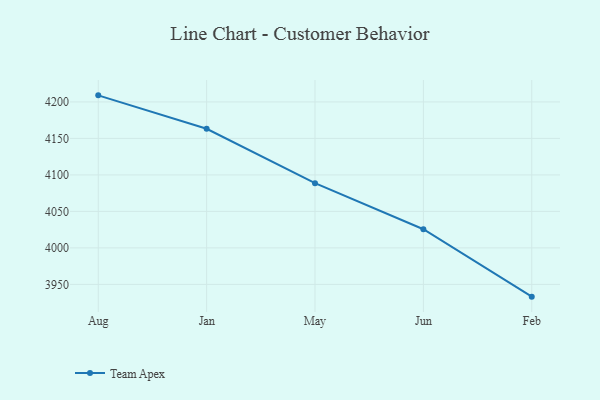
{"axis": {"x": "Month", "y": "Conversion Rate (%)"}, "legend": ["Team Apex"], "data": [{"x": "Aug", "y": 4209.0, "type": "Team Apex"}, {"x": "Jan", "y": 4163.2, "type": "Team Apex"}, {"x": "May", "y": 4088.7, "type": "Team Apex"}, {"x": "Jun", "y": 4025.6, "type": "Team Apex"}, {"x": "Feb", "y": 3933.2, "type": "Team Apex"}]}